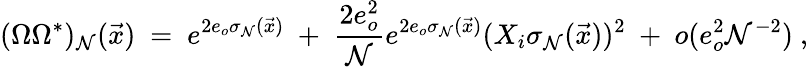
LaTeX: (\Omega\Omega^{*})_{\mathcal{N}}(\vec{{x}})\ =\ e^{2e_{o}\sigma_{\mathcal{N}}(\vec{{x}})}\ +\ \frac{{2e_{o}^{2}}}{{\mathcal{N}}}e^{2e_{o}\sigma_{\mathcal{N}}(\vec{{x}})}(X_{i}\sigma_{\mathcal{N}}(\vec{{x}}))^{2}\ +\ o(e_{o}^{2}\mathcal{N}^{-2})\ ,